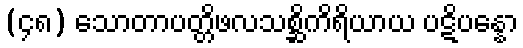
(၄၈) သောတာပတ္တိဖလသစ္ဆိကိရိယာယ ပဋိပန္နော